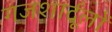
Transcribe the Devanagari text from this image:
गजशार्दूलों